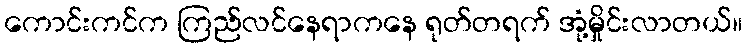
ကောင်းကင်က ကြည်လင်နေရာကနေ ရုတ်တရက် အုံ့မှိုင်းလာတယ်။